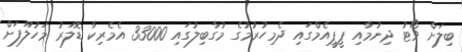
ބިލަށް ވޯޓު ދިނުމާއި ޕީޕީއެމްގައި ދެމިހުރުމުގެ މުގާބިލުގައި 33000 އެމެރިކާ ޑޮލަރު މަހުލޫފަށް